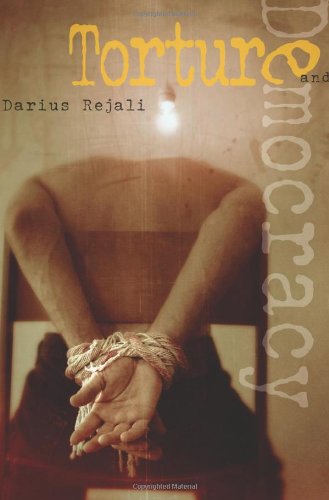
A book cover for Torture and Democracy; Darius Rejali; History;